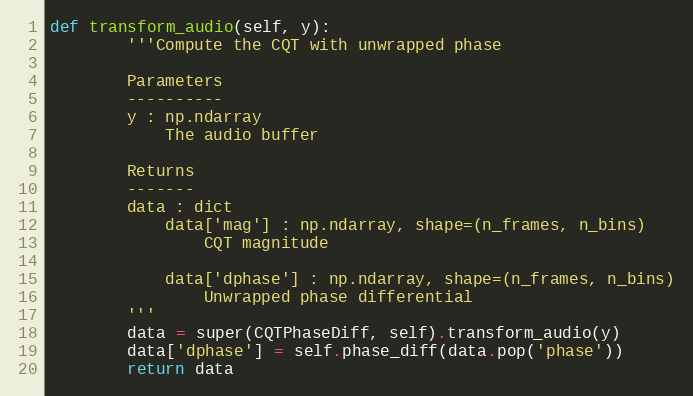
Language: Python
def transform_audio(self, y):
        '''Compute the CQT with unwrapped phase

        Parameters
        ----------
        y : np.ndarray
            The audio buffer

        Returns
        -------
        data : dict
            data['mag'] : np.ndarray, shape=(n_frames, n_bins)
                CQT magnitude

            data['dphase'] : np.ndarray, shape=(n_frames, n_bins)
                Unwrapped phase differential
        '''
        data = super(CQTPhaseDiff, self).transform_audio(y)
        data['dphase'] = self.phase_diff(data.pop('phase'))
        return data